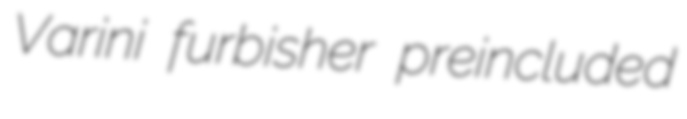
Varini furbisher preincluded